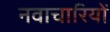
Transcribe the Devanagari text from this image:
नवाचारियों